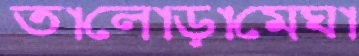
তালোড়ামেঘা